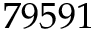
7 9 5 9 1